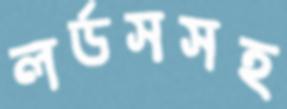
লর্ডসসহ